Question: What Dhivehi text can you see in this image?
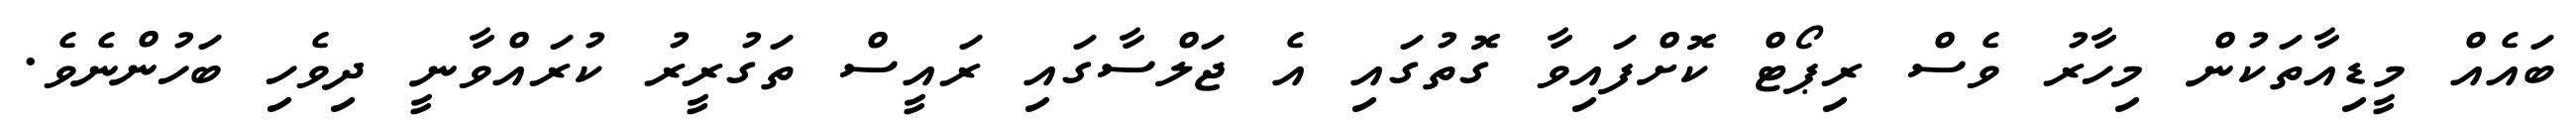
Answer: ބައެއް މީޑިއާތަކުން މިހާރު ވެސް ރިޕޯޓް ކޮށްފައިވާ ގޮތުގައި އެ ޖަލްސާގައި ރައީސް ތަގުރީރު ކުރައްވާނީ ދިވެހި ބަހުންނެވެ.